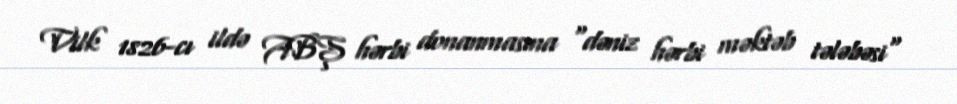
Vilk 1826-cı ildə ABŞ hərbi donanmasına "dəniz hərbi məktəb tələbəsi"